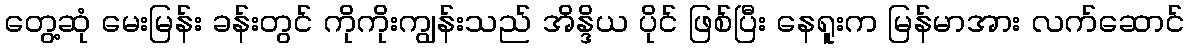
တွေ့ဆုံ မေးမြန်း ခန်းတွင် ကိုကိုးကျွန်းသည် အိန္ဒိယ ပိုင် ဖြစ်ပြီး နေရူးက မြန်မာအား လက်ဆောင်